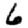
Digit: 6